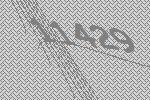
11429